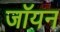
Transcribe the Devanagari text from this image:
जॉयन